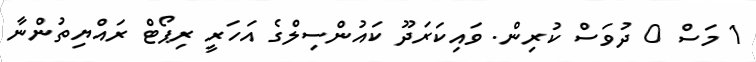
1 މަސް 0 ދުވަސް ކުރިން. ވައިކަރަދޫ ކައުންސިލްގެ އަހަރީ ރިޕޯޓް ރައްޔިތުންނާ